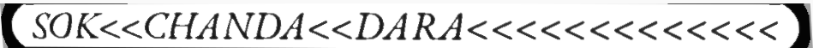
SOK<<CHANDA<<DARA<<<<<<<<<<<<<